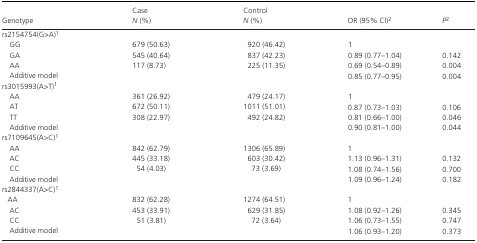
<table><thead><tr><td><b>Genotype</b></td><td><b>Case<i>N</i> (%)</b></td><td><b>Control<i>N</i> (%)</b></td><td><b>OR (95% CI)2</b></td><td><b><i>P</i>2</b></td></tr></thead><tbody><tr><td colspan="5">rs2154754(G&gt;A)1</td></tr><tr><td> GG</td><td>679 (50.63)</td><td>920 (46.42)</td><td>1</td><td></td></tr><tr><td> GA</td><td>545 (40.64)</td><td>837 (42.23)</td><td>0.89 (0.77–1.04)</td><td>0.142</td></tr><tr><td> AA</td><td>117 (8.73)</td><td>225 (11.35)</td><td>0.69 (0.54–0.89)</td><td>0.004</td></tr><tr><td> Additive model</td><td></td><td></td><td>0.85 (0.77–0.95)</td><td>0.004</td></tr><tr><td colspan="5">rs3015993(A&gt;T)1</td></tr><tr><td> AA</td><td>361 (26.92)</td><td>479 (24.17)</td><td>1</td><td></td></tr><tr><td> AT</td><td>672 (50.11)</td><td>1011 (51.01)</td><td>0.87 (0.73–1.03)</td><td>0.106</td></tr><tr><td> TT</td><td>308 (22.97)</td><td>492 (24.82)</td><td>0.81 (0.66–1.00)</td><td>0.046</td></tr><tr><td> Additive model</td><td></td><td></td><td>0.90 (0.81–1.00)</td><td>0.044</td></tr><tr><td colspan="5">rs7109645(A&gt;C)1</td></tr><tr><td> AA</td><td>842 (62.79)</td><td>1306 (65.89)</td><td>1</td><td></td></tr><tr><td> AC</td><td>445 (33.18)</td><td>603 (30.42)</td><td>1.13 (0.96–1.31)</td><td>0.132</td></tr><tr><td> CC</td><td>54 (4.03)</td><td>73 (3.69)</td><td>1.08 (0.74–1.56)</td><td>0.700</td></tr><tr><td> Additive model</td><td></td><td></td><td>1.09 (0.96–1.24)</td><td>0.182</td></tr><tr><td colspan="5">rs2844337(A&gt;C)1</td></tr><tr><td> AA</td><td>832 (62.28)</td><td>1274 (64.51)</td><td>1</td><td></td></tr><tr><td> AC</td><td>453 (33.91)</td><td>629 (31.85)</td><td>1.08 (0.92–1.26)</td><td>0.345</td></tr><tr><td> CC</td><td>51 (3.81)</td><td>72 (3.64)</td><td>1.06 (0.73–1.55)</td><td>0.747</td></tr><tr><td> Additive model</td><td></td><td></td><td>1.06 (0.93–1.20)</td><td>0.373</td></tr></tbody></table>